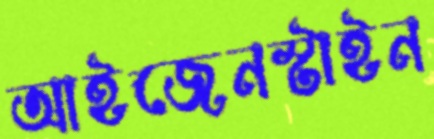
আইজেনস্টাইন